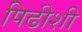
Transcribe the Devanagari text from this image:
पिढीशी